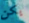
يكن